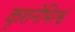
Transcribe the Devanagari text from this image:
कृशनेभिरश्वं